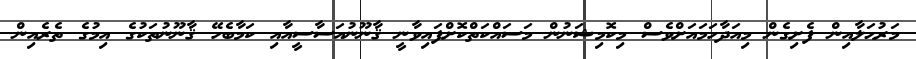
މަރުޙަލާއިން ފެށިގެން މިއަދާހަމައަށްވެސް މިކޮމިޝަނުން މަސައްކަތްކޮށްފައިވާނީ ޤާނޫނުއަސާސީއާއި ކަމާބެހޭ ޤާނޫނުތަކުގެ އިމުގެ ތެރެއިން